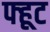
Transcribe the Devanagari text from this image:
फ्हूट